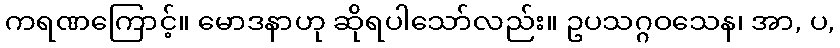
ကရဏကြောင့်။ မောဒနာဟု ဆိုရပါသော်လည်း။ ဥပသဂ္ဂဝသေန၊ အာ, ပ,